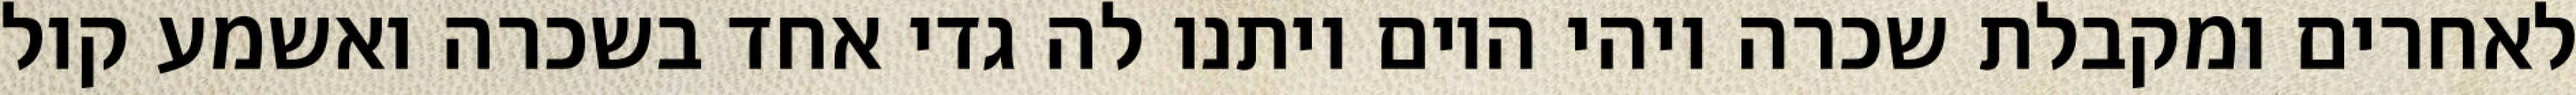
לאחרים ומקבלת שכרה ויהי היום ויתנו לה גדי אחד בשכרה ואשמע קול